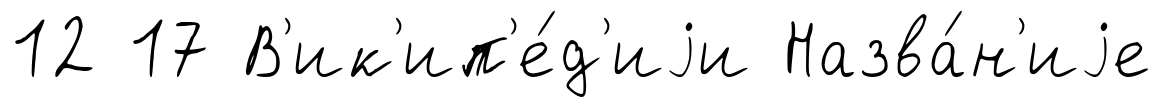
12 17 В'ик'ип'е́д'иjи Назва́н'иjе